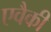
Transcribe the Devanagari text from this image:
एवैकी